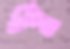
ব্যস